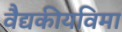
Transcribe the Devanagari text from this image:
वैद्यकीयविमा